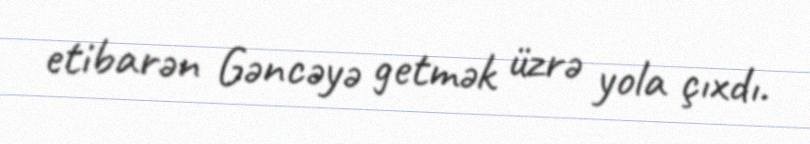
etibarən Gəncəyə getmək üzrə yola çıxdı.